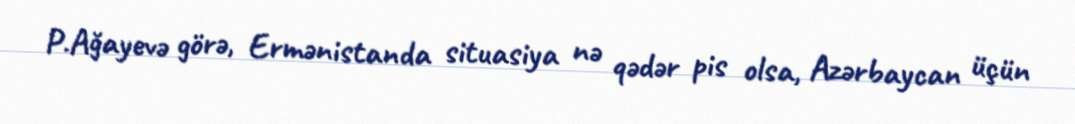
P.Ağayevə görə, Ermənistanda situasiya nə qədər pis olsa, Azərbaycan üçün